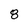
Character: 8